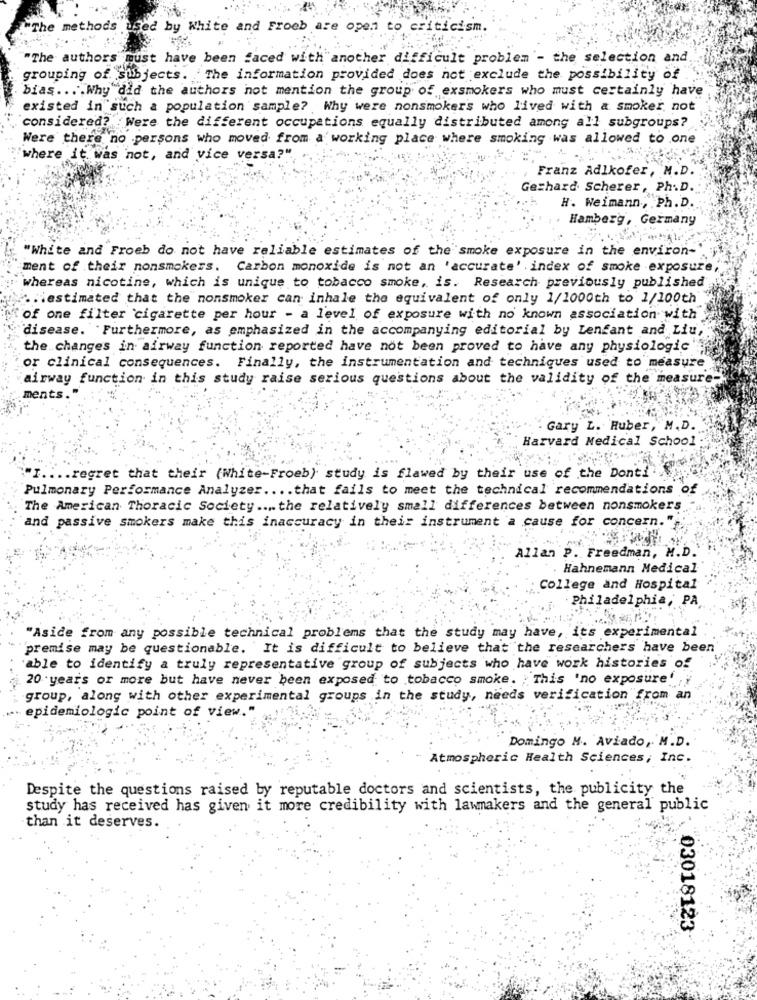
"The methods used by White and Froeb are open to criticism.
"The authors must have been faced with another difficult problem - the selection and
grouping of Subjects. The information provided does not exclude the possibility of
bias .... Why did the authors not mention the group of exsmokers who must certainly have
existed in such a population sample? Why were nonsmokers who lived with a smoker not
considered? Were the different occupations equally distributed among all subgroups?
Were there no persons who moved from a' working place where smoking was allowed to one
where it was not, and vice versa?"
Franz Adlkofer, M.D.
Gerhard Scherer, Ph.D.
H. Weimann, Ph. D.
Hamberg, Germany
"White and Froeb do not have reliable estimates of the smoke exposure in the environ-
ment of their nonsmokers. Carbon monoxide is not an 'accurate' index of smoke exposure
whereas nicotine, which is unique to tobacco smoke, is. Research previously published
.. iestimated that the nonsmoker can inhale the equivalent of only 1/1000th to 1/100th
"of one filter cigarette per hour - a level of exposure with no known association with
"disease. Furthermore, as emphasized in the accompanying editorial by Lenfant and Liu
the changes in airway function reported have not been proved to have any physiologic
or clinical consequences. Finally, the instrumentation and techniques used to measure
airway function in this study raise serious questions about the validity of the measure-
ments
. Gary L. Huber, M. D.
Harvard Medical School
I .... regret that their (White-Froeb) study is flawed by their use of the Dont!"
Pulmonary Performance Analyzer .... that fails to meet the technical recommendations of
The American Thoracic Society .... the relatively small differences between nonsmokers
and passive smokers make this inaccuracy in their instrument a cause for concern."
Allan P. Freedman, M.D.
Hahnemann Medical
College and Hospital
Philadelphia, PA
"Aside from any possible technical problems that the study may have, its experimental
premise may be questionable. It is difficult to believe that the researchers have been
'able to identify a truly representative group of subjects who have work histories of
20 years or more but have never been exposed to tobacco smoke. This 'no exposure' ,;
group, along with other experimental groups in the study, needs verification from an
" epidemiologic point of view."
Domingo M. Aviado, M.D.
Atmospheric Health Sciences, Inc.
Despite the questions raised by reputable doctors and scientists, the publicity the
study has received has given it more credibility with lawmakers and the general public
than it deserves.
03018123